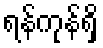
ရန်ကုန်ရှိ